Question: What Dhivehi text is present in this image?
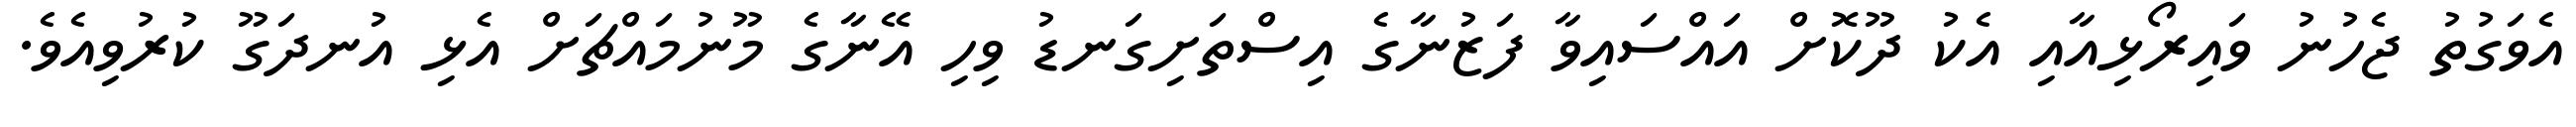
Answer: އެވަގުތު ޖެހުނު ވައިރޯޅިއާއި އެކު ދޫކޮށް އައްސައިވާ ފަޒުނާގެ އިސްތަށިގަނޑު ވިހި އޭނާގެ މޫނުމައްޗަށް އެޅި އުނދަގޫ ކުރުވިއެވެ.